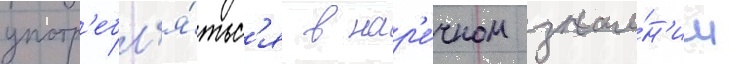
употр'ебл'я́тьс'я в нар'е́чном значе́н'ии